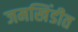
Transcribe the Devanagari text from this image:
जमखिंडीत